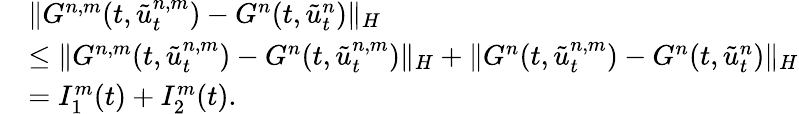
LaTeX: \begin{array}{rl}&{\| G^{n,m}(t,\tilde{u}_{t}^{n,m})-G^{n}(t,\tilde{u}_{t}^{n})\| _{H}}\\ &{\le\| G^{n,m}(t,\tilde{u}_{t}^{n,m})-G^{n}(t,\tilde{u}_{t}^{n,m})\| _{H}+\| G^{n}(t,\tilde{u}_{t}^{n,m})-G^{n}(t,\tilde{u}_{t}^{n})\| _{H}}\\ &{=I_{1}^{m}(t)+I_{2}^{m}(t).}\end{array}